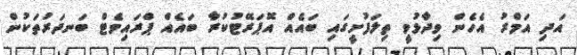
އަދި އަމްރު އެހެން ވިދާޅުވީ ތިލަފުށީގައި ބައެއް އޮޕަރޭޓުކުރާ ބައެއް ޕްރައިވެޓް ބަނދަރުތަކުން